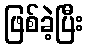
ဖြစ်ခဲ့ပြီး